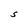
Character: S